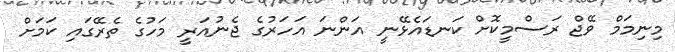
މިނިމަމް ވޭޖް ރަސްމީކޮށް ކަނޑައެޅޭނީ އަންނަ އަހަރުގެ ޖެނުއަރީ މަހުގެ ތެރޭގައި ކަމަށް